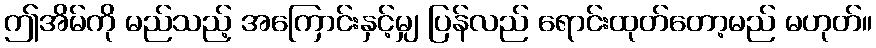
ဤအိမ်ကို မည်သည့် အကြောင်းနှင့်မျှ ပြန်လည် ရောင်းထုတ်တော့မည် မဟုတ်။